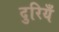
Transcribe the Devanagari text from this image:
दुरियँ